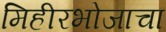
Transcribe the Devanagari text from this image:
मिहीरभोजाचा